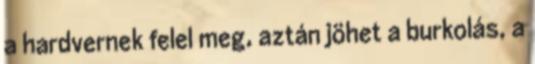
a hardvernek felel meg, aztán jöhet a burkolás, a